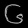
Digit: ၆